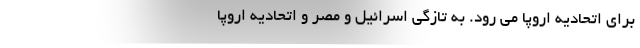
برای اتحادیه اروپا می رود. به تازگی اسرائیل و مصر و اتحادیه اروپا